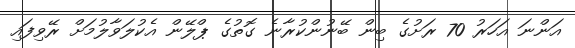
އަންނަ އަހަރު 70 ރަށުގެ ބިން ބޭނުންކުރާނެ ގޮތުގެ ޕްލޭން އެކުލަވާލުމަށް ރޭވިފައި